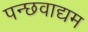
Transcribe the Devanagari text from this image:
पन्छवाद्यम